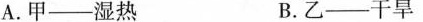
A. 甲--湿热 B. 乙--干旱